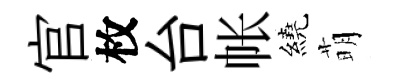
官枚台帐繞萌